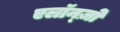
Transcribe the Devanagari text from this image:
एलॉन्ज़ो